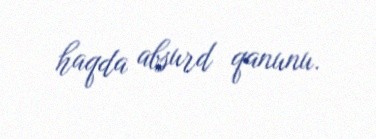
haqda absurd qanunu.